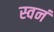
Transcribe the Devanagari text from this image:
स्वनं